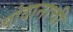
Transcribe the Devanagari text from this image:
पांदानाची